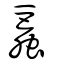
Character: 螶